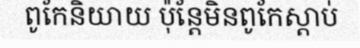
ពូកែនិយាយ ប៉ុន្តែមិនពូកែស្តាប់